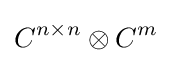
C^{n\times n}\otimes C^{m}